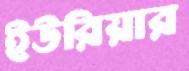
ইউরিয়ার